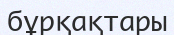
бұрқақтары